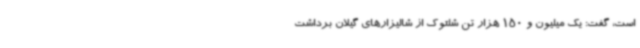
است، گفت: یک میلیون و 150 هزار تن شلتوک از شالیزارهای گیلان برداشت